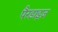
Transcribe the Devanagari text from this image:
पैरडाइज़